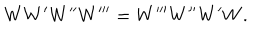
W W ^ { \prime } W ^ { \prime \prime } W ^ { \prime \prime \prime } = W ^ { \prime \prime \prime } W ^ { \prime \prime } W ^ { \prime } W .